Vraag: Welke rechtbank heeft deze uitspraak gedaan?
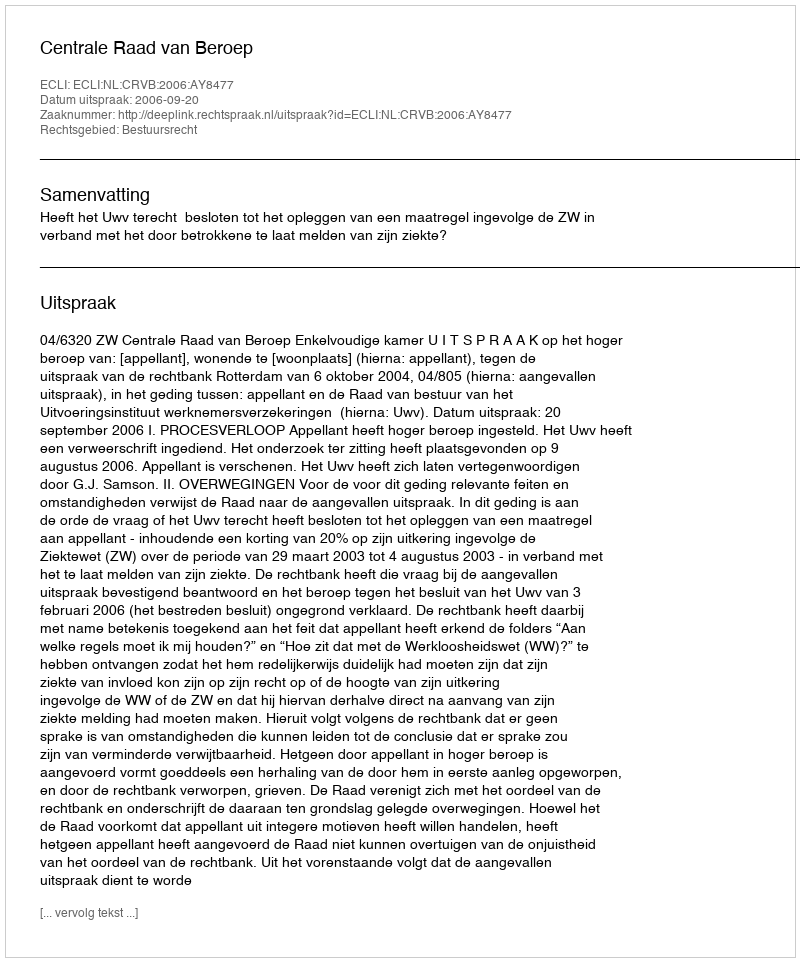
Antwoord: Centrale Raad van Beroep